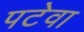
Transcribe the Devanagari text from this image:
पटेवा